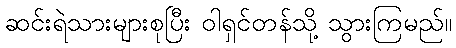
ဆင်းရဲသားများစုပြီး ဝါရှင်တန်သို့ သွားကြမည်။